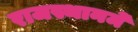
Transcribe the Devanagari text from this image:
राजस्थानमें